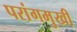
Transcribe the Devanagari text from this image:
परांगमुखी